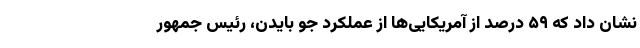
نشان داد که ۵۹ درصد از آمریکایی‌ها از عملکرد جو بایدن، رئیس جمهور